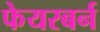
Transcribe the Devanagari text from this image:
फेयरबर्न